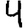
Digit: 4